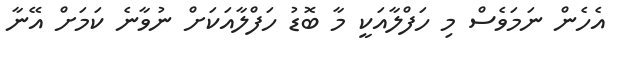
އެހެން ނަމަވެސް މި ހަފްލާއަކީ މާ ބޮޑު ހަފްލާއަކަށް ނުވާނެ ކަމަށް އޭނާ